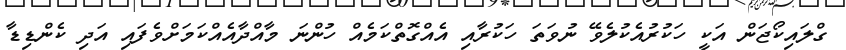
ގްލައިކޯޖަން އަކީ ހަކުރުއެކުލެވޭ ނުވަތަ ހަކުރާއި އެއްގޮތްކަމެއް ހުންނަ މާއްދާއެއްކަމަށްވެފައި އަދި ކެންޑިޑާ